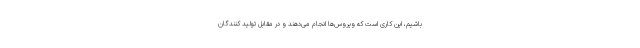
باشیم، این کاری است که ویروس‌ها انجام می‌دهند و در مقابل تولید کنندگان